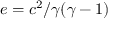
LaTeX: e = c ^ { 2 } / \gamma ( \gamma - 1 )